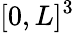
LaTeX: [0,L]^{3}